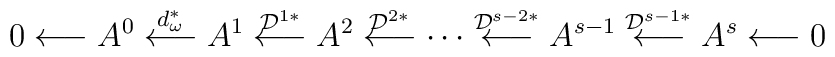
0 \longleftarrow A^0 \buildrel d_\omega ^* \over\longleftarrow A^1   \buildrel {\cal D}^{1*} \over \longleftarrow A^2\buildrel {\cal D}^{2*}\over   \longleftarrow \cdots \buildrel {\cal D}^{s-2*}\over \longleftarrow A^{s-1}   \buildrel {\cal D}^{s-1*} \over \longleftarrow A^s \longleftarrow 0